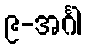
၉-အင်္ဂါ